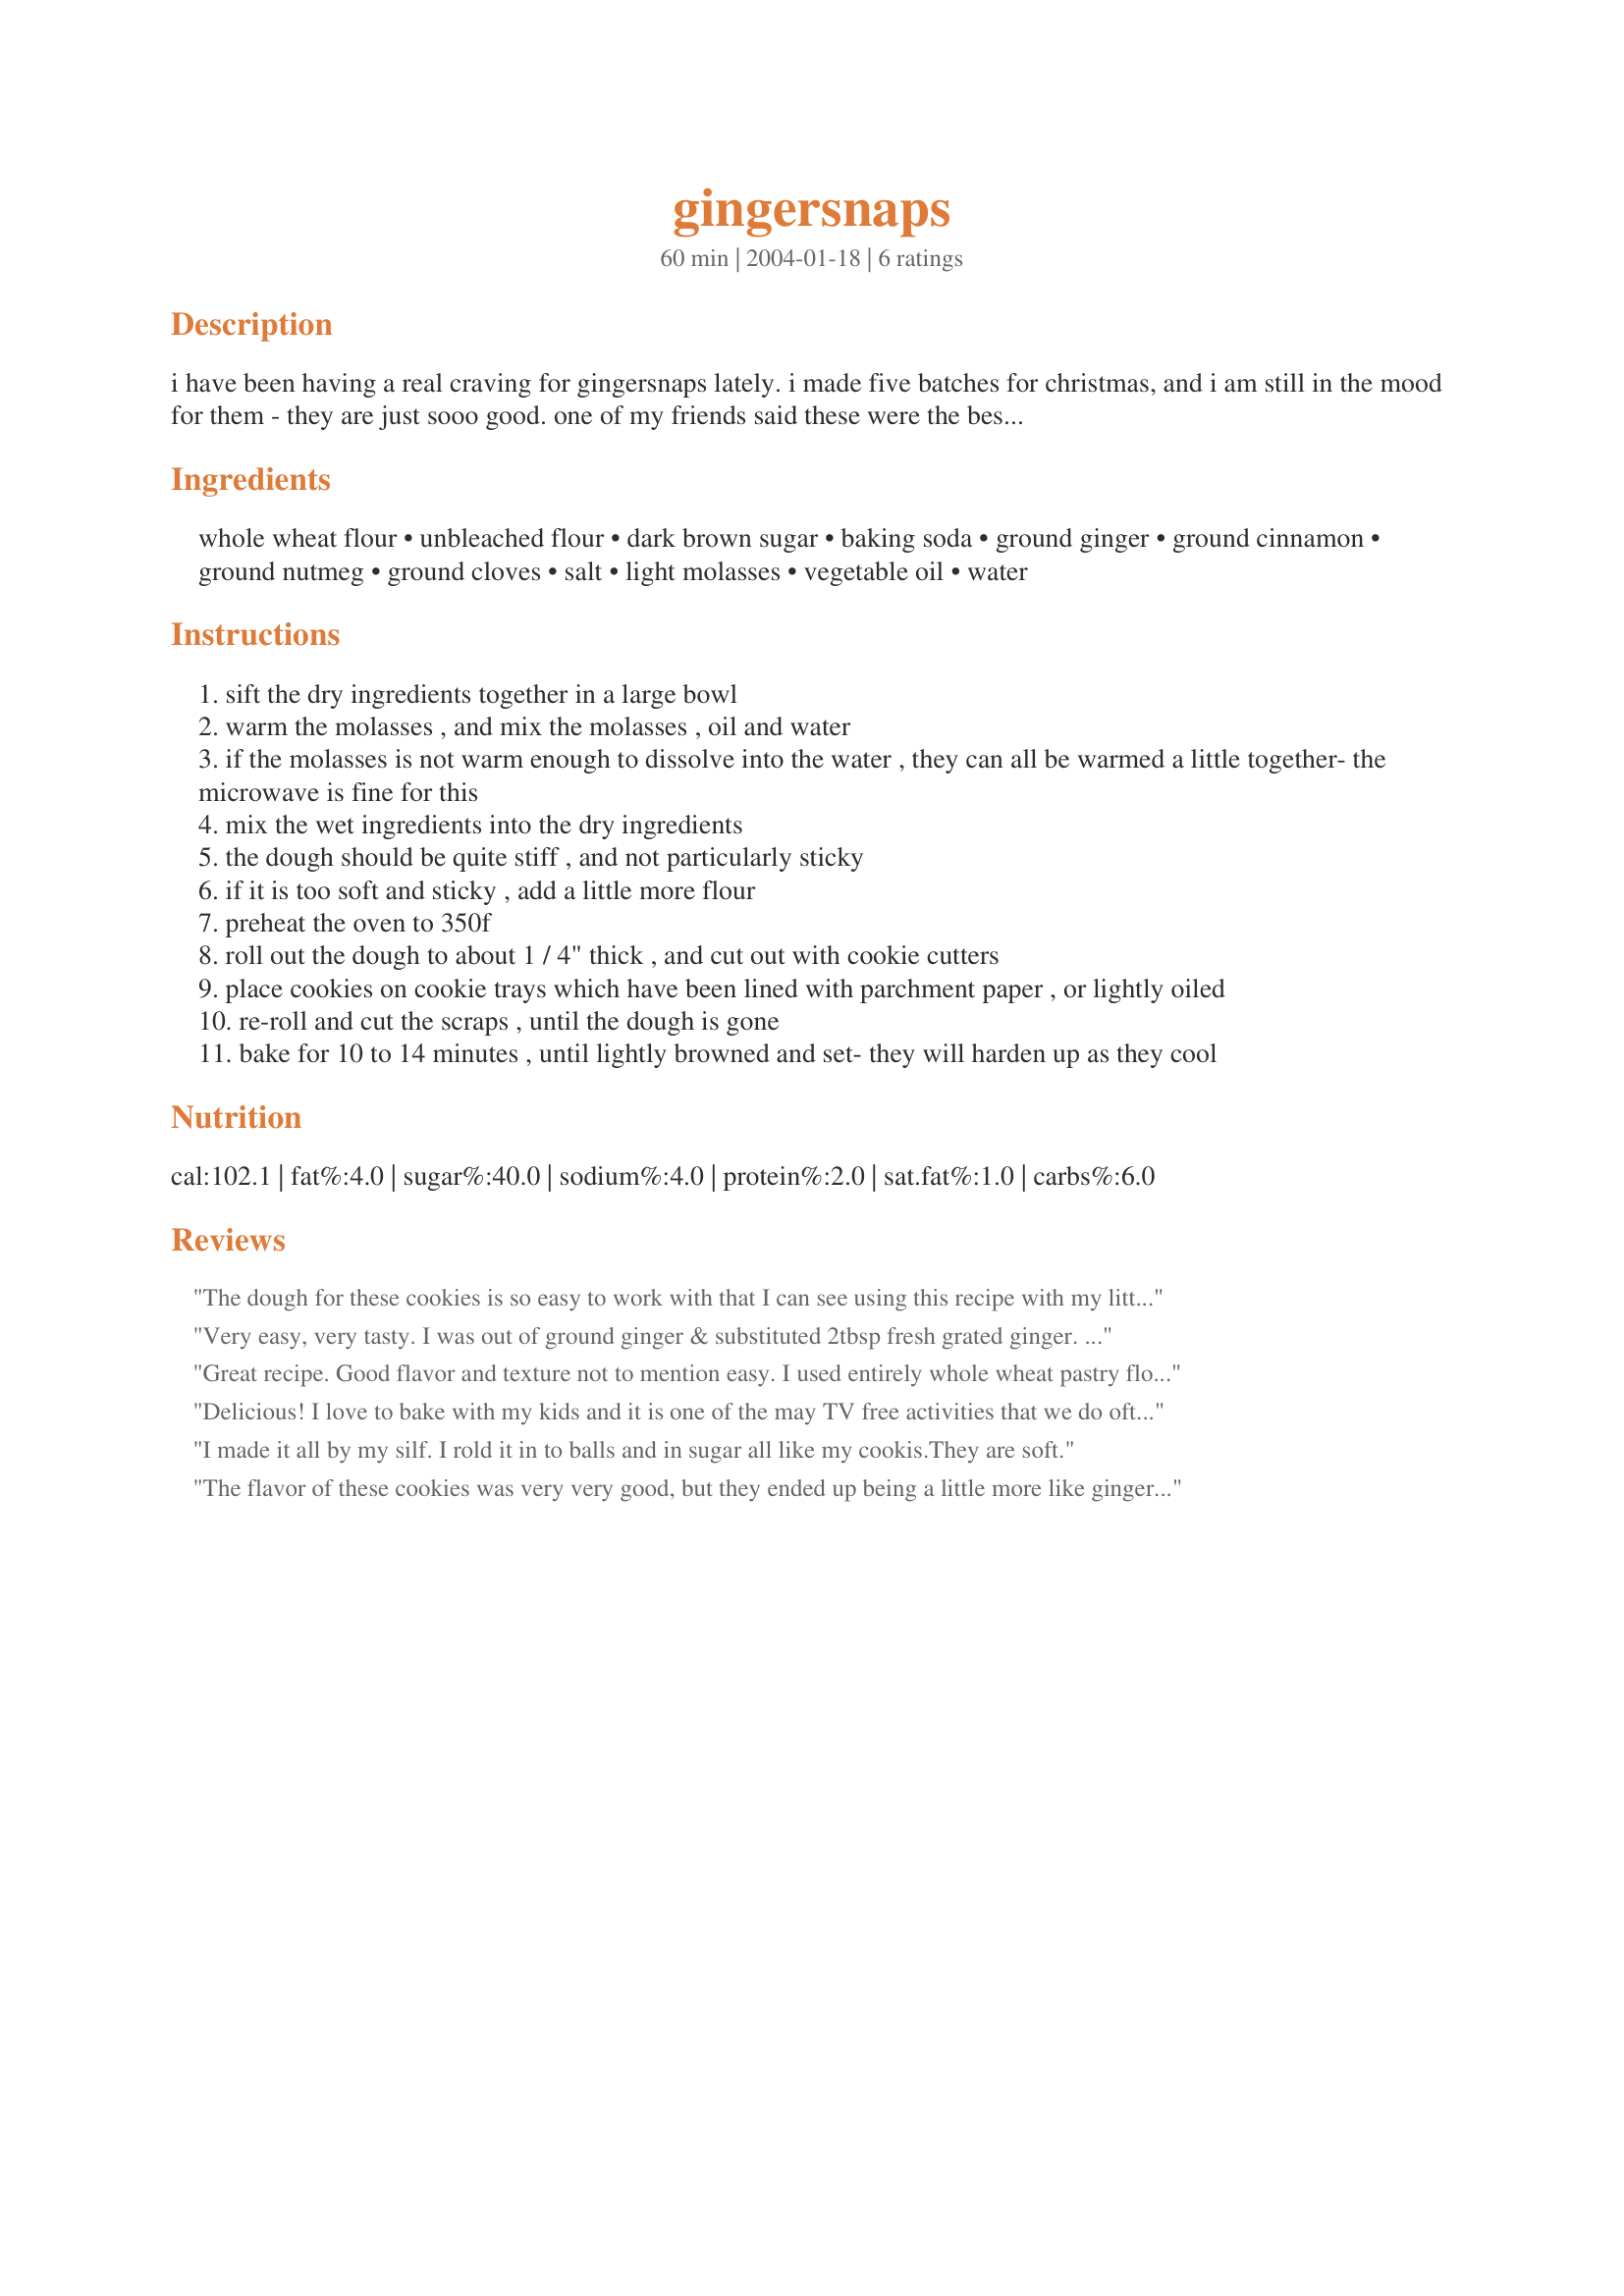
gingersnaps
Preparation time: 60 minutes

i have been having a real craving for gingersnaps lately. i made five batches for christmas, and i am still in the mood for them - they are just sooo good. one of my friends said these were the best gingersnaps she had ever had. how 'bout that, eh? note: it is important to use pastry flour for these cookies, otherwise the dough will be strange and unworkable. i tried a batch using supposedly "all-purpose" whole wheat flour (but it was really formulated for bread) and ended up throwing out the dough because it just didn't work. you can use all whole wheat flour, or all white flour, just so long as it is soft.

Ingredients:
whole wheat flour, unbleached flour, dark brown sugar, baking soda, ground ginger, ground cinnamon, ground nutmeg, ground cloves, salt, light molasses, vegetable oil, water

Steps:
sift the dry ingredients together in a large bowl
warm the molasses , and mix the molasses , oil and water
if the molasses is not warm enough to dissolve into the water , they can all be warmed a little together- the microwave is fine for this
mix the wet ingredients into the dry ingredients
the dough should be quite stiff , and not particularly sticky
if it is too soft and sticky , add a little more flour
preheat the oven to 350f
roll out the dough to about 1 / 4" thick , and cut out with cookie cutters
place cookies on cookie trays which have been lined with parchment paper , or lightly oiled
re-roll and cut the scraps , until the dough is gone
bake for 10 to 14 minutes , until lightly browned and set- they will harden up as they cool

Reviews:
The dough for these cookies is so easy to work with that I can see using this recipe with my little grandaughters. It rolled out easily and cut perfectly with my round biscuit cutter, but gingerbread men would have been so much fun. I also sprinkled the unbaked tops of the cookies with a little sugar to make them sparkle. My cookies really didn't "snap", but were more the texture of a great sugar cookie; perhaps I didn't leave them in long enough, but was afraid of creating ginger flavored hockey pucks. Not one cookie went to waste. The next time I make these I'll increase the spices just a bit for more of a ginger flavor. Jenny...I had fun making your cookies.
Very easy, very tasty. I was out of ground ginger & substituted 2tbsp fresh grated ginger. Also opted to use a mix of brown rice syrup & honey in place of molasses. Chopped bits of candied ginger sprinkled on top made a great addition.
Great recipe. Good flavor and texture not to mention easy. I used entirely whole wheat pastry flour and it turned out great. Thanks Jenny!
 Delicious! I love to bake with my kids and it is one of the may TV free activities that we do often. I was about to bake some cookies and realized that I was out of eggs! I did and egg-free search and found this great recipe! I didn't roll these out but rather rolled them into balls and then rolled them in white sugar. The first pan got a little crisp as they did really firm up while cooling, by the second pan I fixed the problem and these cookies were perfection! I look forward to make these again soon--Next time I won't even wait for an egg shortage!-February 28,2004. **edited to add, I made this the right way and cut them into pumpkin and leaf shapes to serve with pumpkin dip recipe#25730. Yummy!
I made it all by my silf. I rold it in to balls and in sugar all like my cookis.They are soft.
The flavor of these cookies was very very good, but they ended up being a little more like gingerbread than gingersnaps. That may just come from living in Houston, where it is so humid that crackers go stale by going soft.
